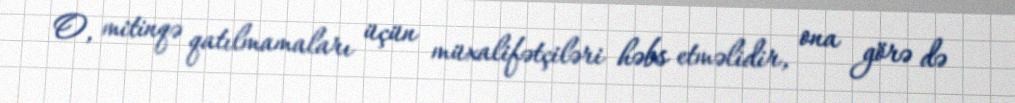
O, mitinqə qatılmamaları üçün müxalifətçiləri həbs etməlidir, ona görə də